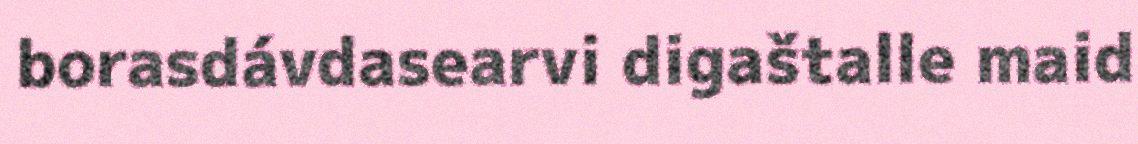
borasdávdasearvi digaštalle maid